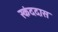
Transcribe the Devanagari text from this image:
स्कंददास